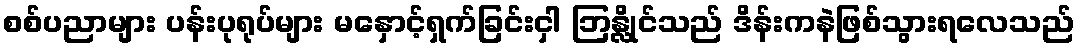
စစ်ပညာများ ပန်းပုရုပ်များ မနှောင့်ရှက်ခြင်းငှါ ဘြန္လိုင်သည် ဒိန်းကနဲဖြစ်သွားရလေသည်